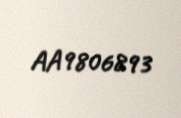
AA9806893